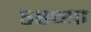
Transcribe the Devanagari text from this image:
५६व्या